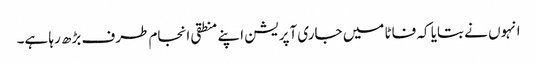
انہوں نے بتایا کہ فاٹا میں جاری آپریشن اپنے منطقی انجام طرف بڑھ رہا ہے۔